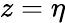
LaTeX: z=\eta